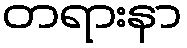
တရားနာ